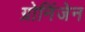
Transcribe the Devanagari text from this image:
ग्रोनिंजेन